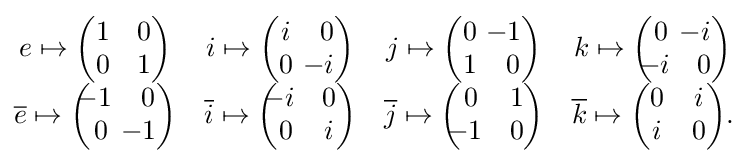
{\begin{matrix}e\mapsto {\begin{pmatrix}1&0\\0&1\end{pmatrix}}&i\mapsto {\begin{pmatrix}i&0\\0&\!\!\!\!-i\end{pmatrix}}&j\mapsto {\begin{pmatrix}0&\!\!\!\!-1\\1&0\end{pmatrix}}&k\mapsto {\begin{pmatrix}0&\!\!\!\!-i\\\!\!\!-i&0\end{pmatrix}}\\{\overline {e}}\mapsto {\begin{pmatrix}\!\!\!-1&0\\0&\!\!\!\!-1\end{pmatrix}}&{\overline {i}}\mapsto {\begin{pmatrix}\!\!\!-i&0\\0&i\end{pmatrix}}&{\overline {j}}\mapsto {\begin{pmatrix}0&1\\\!\!\!-1&0\end{pmatrix}}&{\overline {k}}\mapsto {\begin{pmatrix}0&i\\i&0\end{pmatrix}}.\end{matrix}}